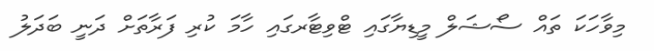
މިވާހަކަ ތައް ސޯޝަލް މީޑިޔާގައި ޓްވިޓާރގައި ހާމަ ކުރި ފަރާތަށް ދަނީ ބަދަލު